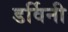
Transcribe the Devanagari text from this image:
डर्विनी